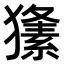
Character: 𤢘